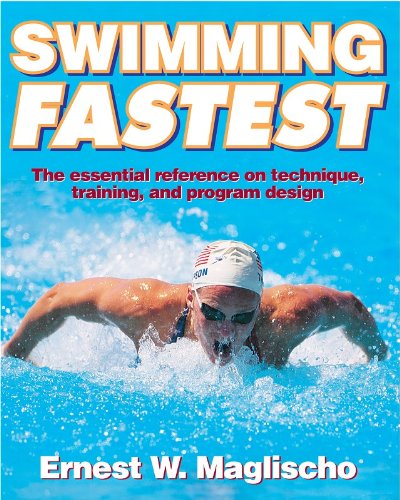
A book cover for Swimming Fastest; Ernest Maglischo; Health, Fitness & Dieting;